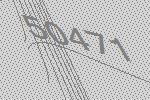
50471